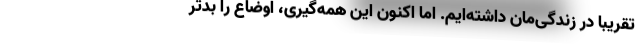
تقریبا در زندگی‌مان داشته‌ایم. اما اکنون این همه‌گیری، اوضاع را بدتر